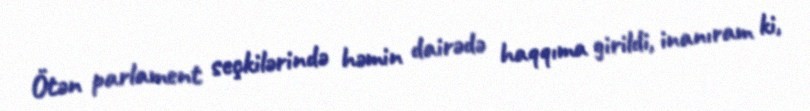
Ötən parlament seçkilərində həmin dairədə haqqıma girildi, inanıram ki,